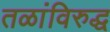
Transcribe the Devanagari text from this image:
तळांविरुद्ध